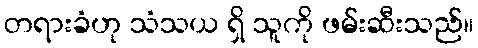
တရားခံဟု သံသယ ရှိ သူကို ဖမ်းဆီးသည်။